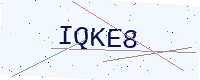
Text: IQKE8